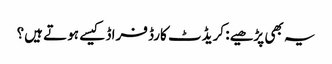
یہ بھی پڑھیے: کریڈٹ کارڈ فراڈ کیسے ہوتے ہیں؟